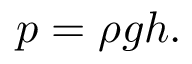
p = \rho g h .